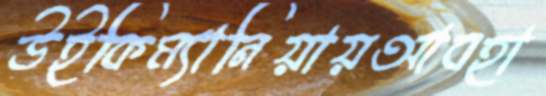
উইকিম্যানিয়ায়আবহা